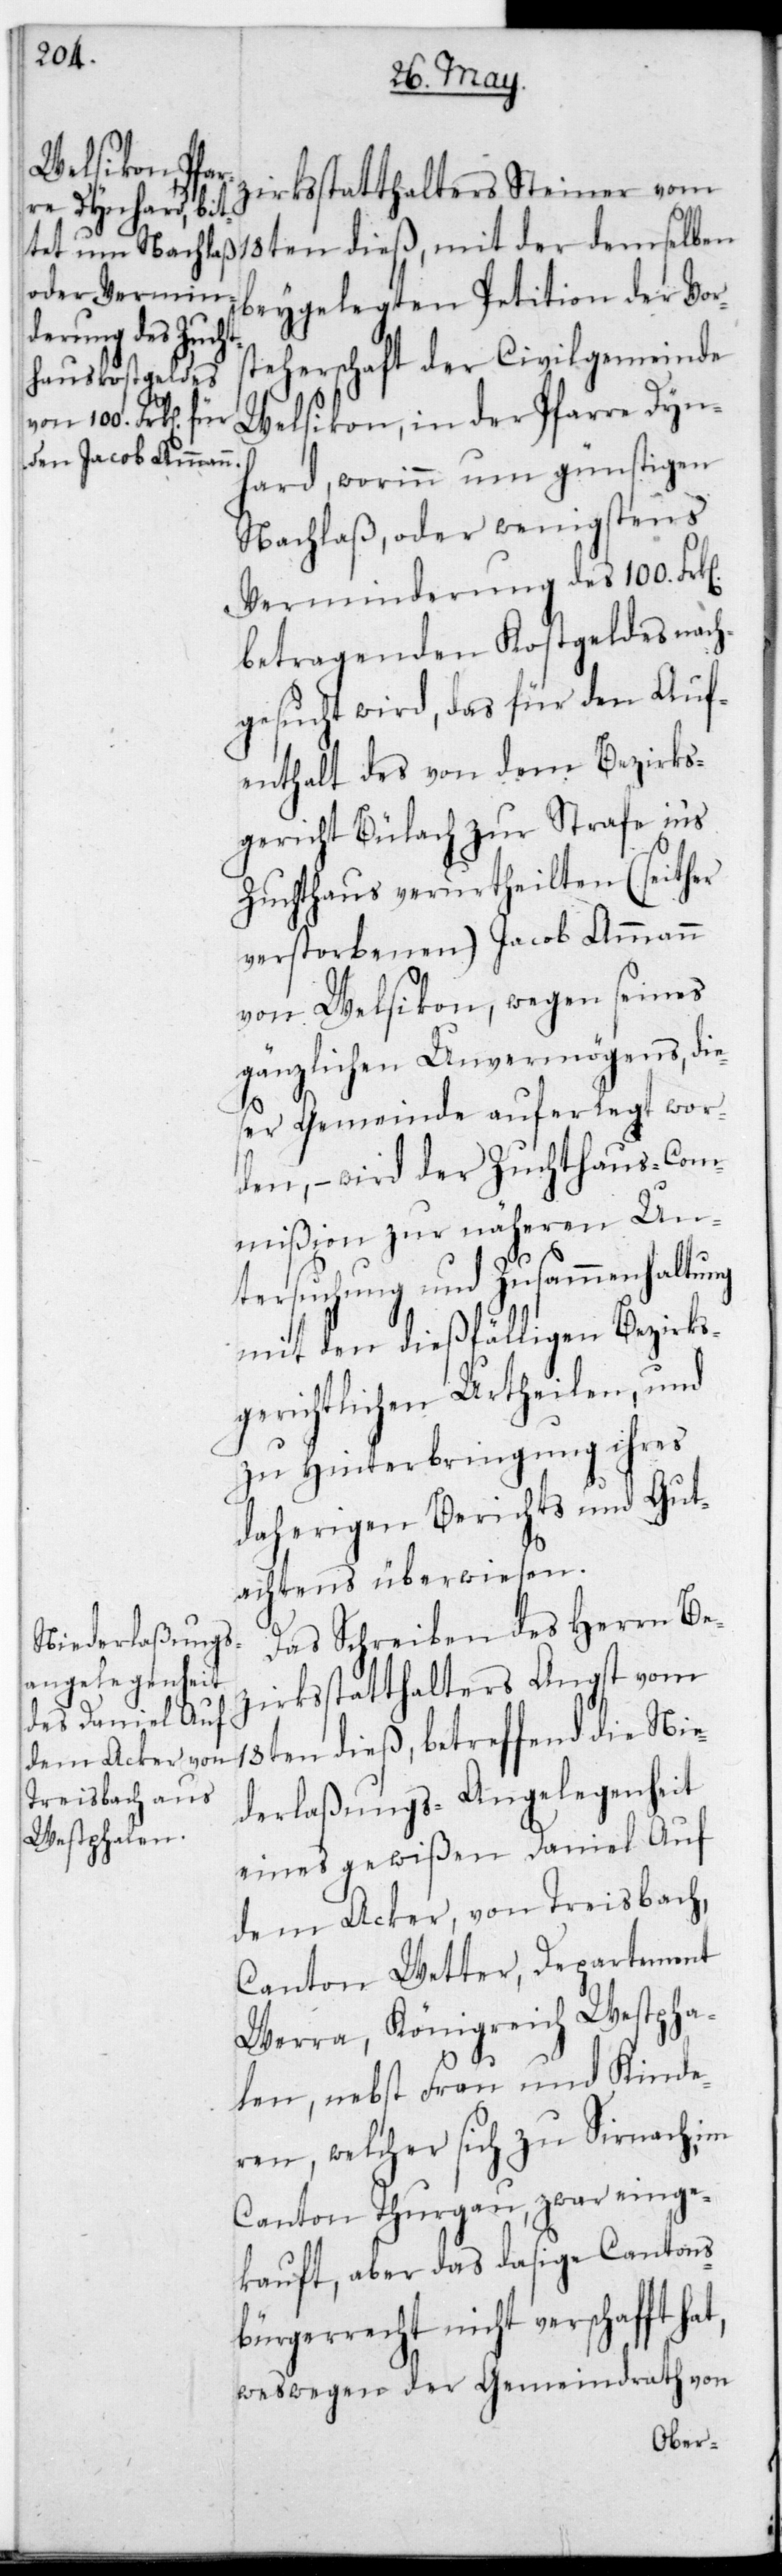
n].

zirksstatthalters Steiner vom
18ten dieß, mit der demselben
beygelegten Petition der Vor¬
steherschaft der Civilgemeinde
Welsikon, in der Pfarre Dyn¬
hard, worinn um günstigen
Nachlaß, oder wenigstens
Verminderung des 100. Frk[e¬
betragenden Kostgeldes nach¬
gesucht wird, das für den Auf¬
enthalt des von dem Bezirks¬
gericht Bülach zur Strafe ins
Zuchthaus verurtheilten (seither
verstorbenen) Jacob Ammann
von Welsikon, wegen seines
gänzlichen Unvermögens, die¬
ser Gemeinde auferlegt wor¬
den, – wird der Zuchthauscom¬
mißion zur näheren Un¬
tersuchung und Zusammenhaltung
mit den dießfälligen bezirks¬
gerichtlichen Urtheilen, und
zu Hinterbringung ihres
daherigen Berichts und Gut¬
achtens überwiesen.
Das Schreiben des Herrn Be¬
zirksstatthalters Angst vom
18ten dieß, betreffend die Nie¬
derlaßungs-Angelegenheit
eines gewißen Daniel Auf
dem Acker von Treisbach,
Canton Wetter, Departement
Werra, Königreich Westpha¬
len, nebst Frau und Kinde¬
ren, welcher sich zu Sirnach im
Canton Thurgau, zwar einge¬
kauft, aber das dasige Cantons¬
bürgerrecht nicht verschafft
weswegen der Gemeindrath von